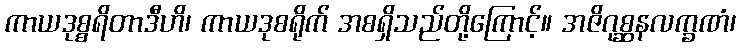
ကာယဒုစ္စရိတာဒီဟိ၊ ကာယဒုစရိုက် အစရှိသည်တို့ကြောင့်။ အဇိဂုစ္ဆနလက္ခဏံ၊